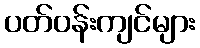
ပတ်ဝန်းကျင်များ